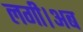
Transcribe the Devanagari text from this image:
लगी।अब